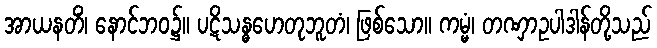
အာယနတိံ၊ နောင်ဘဝ၌။ ပဋိသန္ဓဟေတုဘူတံ၊ ဖြစ်သော။ ကမ္မံ၊ တဏှာဥပါဒါန်တို့သည်